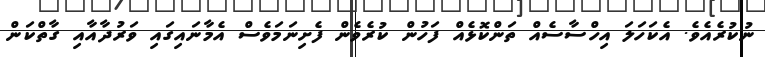
ނުކުރެއެވެ. އެކަހަލަ އިހްސާސެއް ތަންކޮޅެއް ފަހުން ކުރެވެން ފެށިނަމަވެސް އެމާނައިގައި ވަރުދާއާއި ގާތްކަން